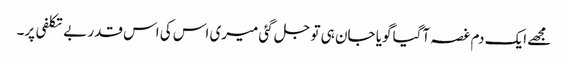
مجھے ایک دم غصہ آگیا گویا جان ہی تو جل گئی میری اس کی اس قدر بے تکلفی پر۔